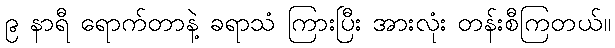
၉ နာရီ ရောက်တာနဲ့ ခရာသံ ကြားပြီး အားလုံး တန်းစီကြတယ်။